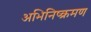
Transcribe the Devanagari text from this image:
अभिनिष्क्रमण